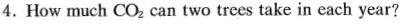
4.How much CO_{2} can two trees take in each year?